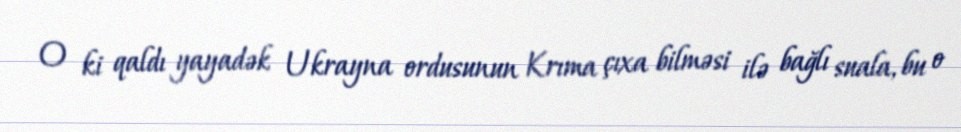
O ki qaldı yayadək Ukrayna ordusunun Krıma çıxa bilməsi ilə bağlı suala, bu o